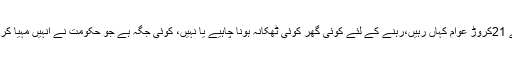
پاکستان کے 21کروڑ عوام کہاں رہیں،رہنے کے لئے کوئی گھر کوئی ٹھکانہ ہونا چاہیے یا نہیں، کوئی جگہ ہے جو حکومت نے انہیں مہیا کر رکھی ہے۔